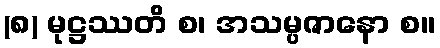
(၈) မုဋ္ဌဿတိ စ၊ အသမ္ပဇာနော စ။